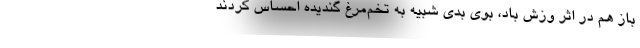
باز هم در اثر وزش باد، بوی بدی شبیه به تخم‌مرغ گندیده احساس کردند